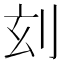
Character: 𠛑